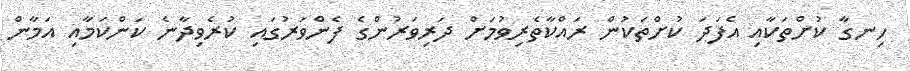
ހިނގާ ކުށްތަކާއި އެފަދަ ކުށްތަކުން ރައްކާތެރިވުމަށް ދަރިވަރުންގެ ފެންވަރުގައި ކުރެވިދާނެ ކަންކަމާއި އަމާން